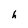
Character: h